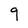
Character: 9